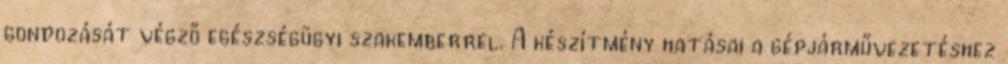
gondozását végző egészségügyi szakemberrel. A készítmény hatásai a gépjárművezetéshez